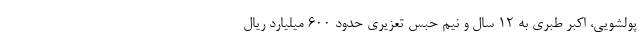
پولشویی، اکبر طبری به ۱۲ سال و نیم حبس تعزیری حدود ۶۰۰ میلیارد ریال